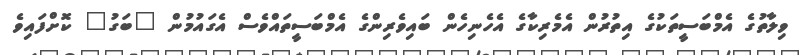
ވިލާތުގެ އެމްބަސީތަކުގެ އިތުރުން އެމެރިކާގެ އެހެނިހެން ބައިވެރިންގެ އެމްބަސީތައްވެސް އެގައުމުން "ބަގު" ކޮށްފައިވެ